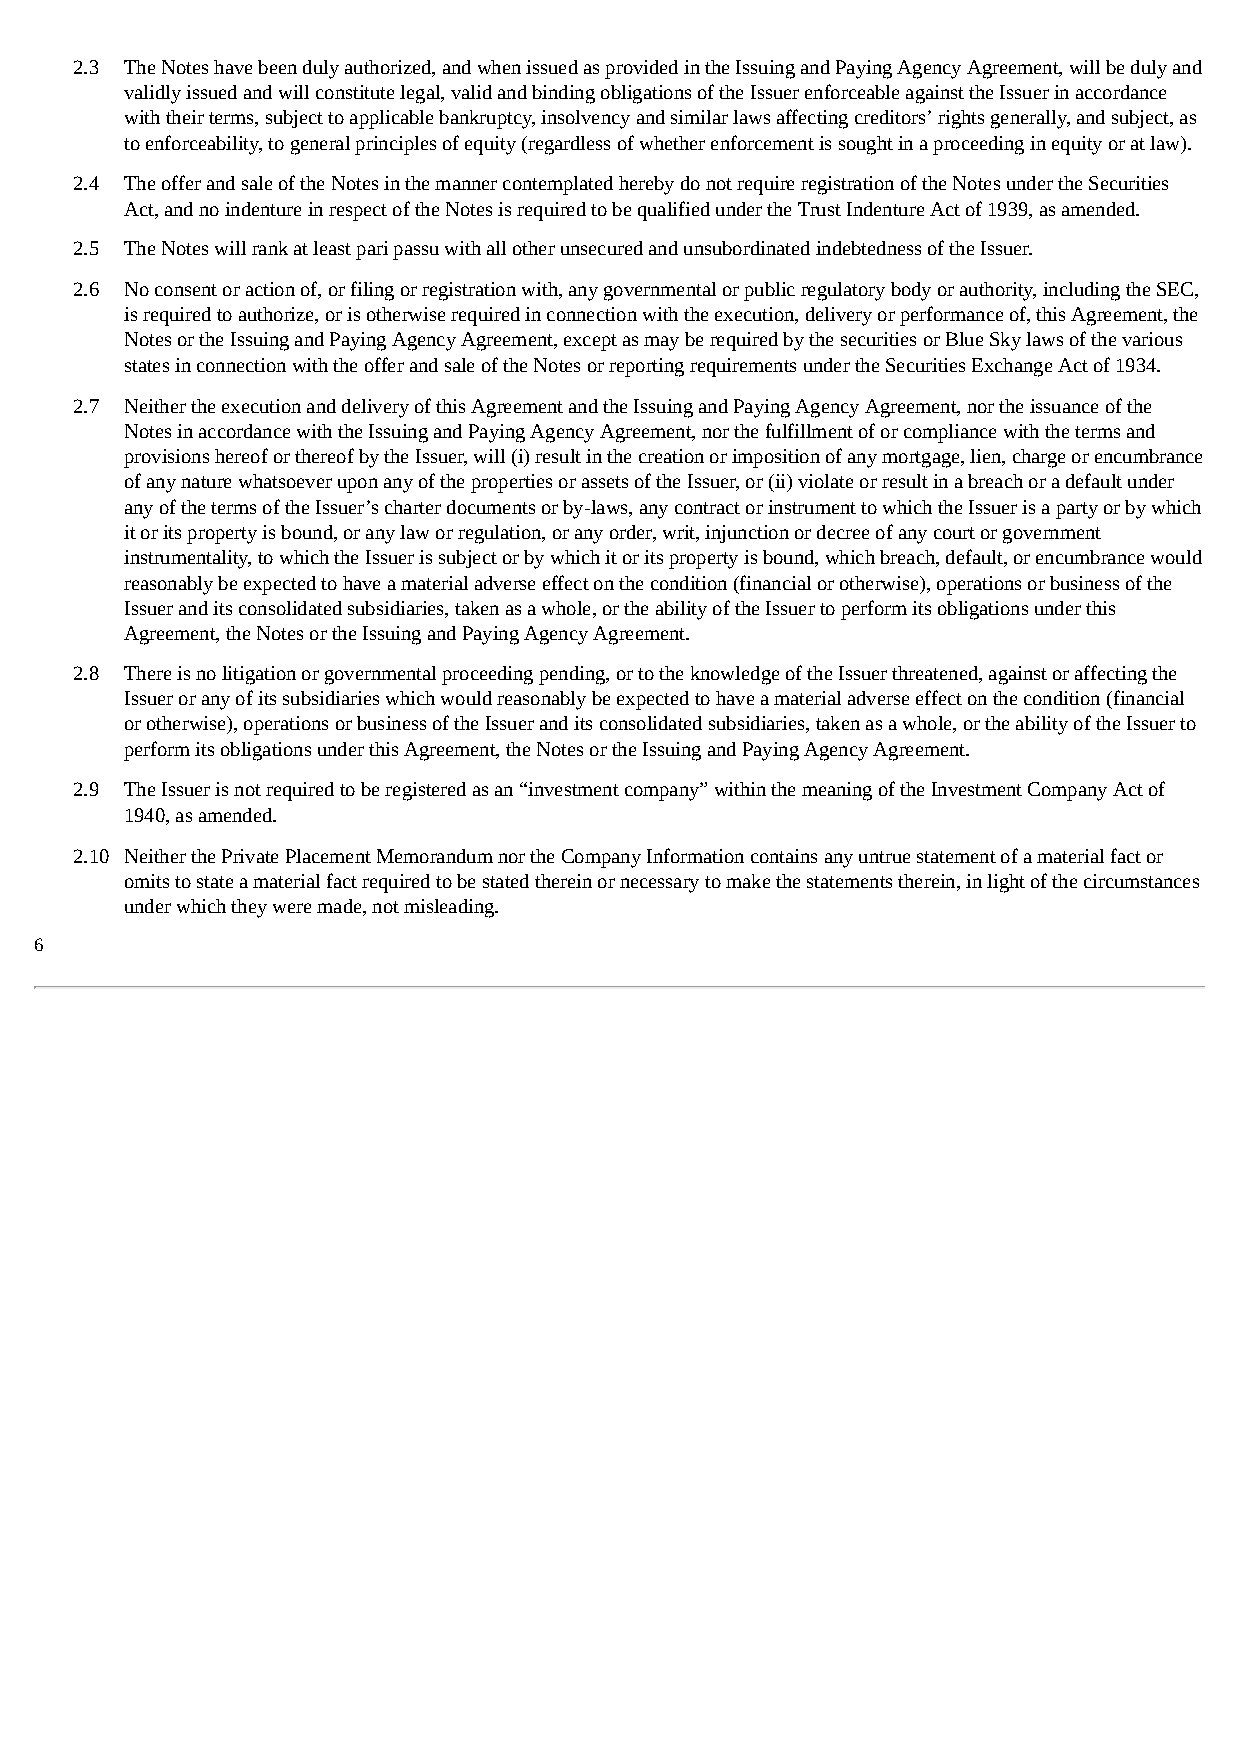
2.3 The Notes have been duly authorized, and when issued as provided in the Issuing and Paying Agency Agreement, will be duly and
 validly issued and will constitute legal, valid and binding obligations of the Issuer enforceable against the Issuer in accordance
 with their terms, subject to applicable bankruptcy, insolvency and similar laws affecting creditors’ rights generally, and subject, as
 to enforceability, to general principles of equity (regardless of whether enforcement is sought in a proceeding in equity or at law).
 2.4 The offer and sale of the Notes in the manner contemplated hereby do not require registration of the Notes under the Securities
 Act, and no indenture in respect of the Notes is required to be qualified under the Trust Indenture Act of 1939, as amended.
 2.5 The Notes will rank at least pari passu with all other unsecured and unsubordinated indebtedness of the Issuer.
 2.6 No consent or action of, or filing or registration with, any governmental or public regulatory body or authority, including the SEC,
 is required to authorize, or is otherwise required in connection with the execution, delivery or performance of, this Agreement, the
 Notes or the Issuing and Paying Agency Agreement, except as may be required by the securities or Blue Sky laws of the various
 states in connection with the offer and sale of the Notes or reporting requirements under the Securities Exchange Act of 1934.
 2.7 Neither the execution and delivery of this Agreement and the Issuing and Paying Agency Agreement, nor the issuance of the
 Notes in accordance with the Issuing and Paying Agency Agreement, nor the fulfillment of or compliance with the terms and
 provisions hereof or thereof by the Issuer, will (i) result in the creation or imposition of any mortgage, lien, charge or encumbrance
 of any nature whatsoever upon any of the properties or assets of the Issuer, or (ii) violate or result in a breach or a default under
 any of the terms of the Issuer’s charter documents or by-laws, any contract or instrument to which the Issuer is a party or by which
 it or its property is bound, or any law or regulation, or any order, writ, injunction or decree of any court or government
 instrumentality, to which the Issuer is subject or by which it or its property is bound, which breach, default, or encumbrance would
 reasonably be expected to have a material adverse effect on the condition (financial or otherwise), operations or business of the
 Issuer and its consolidated subsidiaries, taken as a whole, or the ability of the Issuer to perform its obligations under this
 Agreement, the Notes or the Issuing and Paying Agency Agreement.
 2.8 There is no litigation or governmental proceeding pending, or to the knowledge of the Issuer threatened, against or affecting the
 Issuer or any of its subsidiaries which would reasonably be expected to have a material adverse effect on the condition (financial
 or otherwise), operations or business of the Issuer and its consolidated subsidiaries, taken as a whole, or the ability of the Issuer to
 perform its obligations under this Agreement, the Notes or the Issuing and Paying Agency Agreement.
 2.9 The Issuer is not required to be registered as an “investment company” within the meaning of the Investment Company Act of
 1940, as amended.
 2.10 Neither the Private Placement Memorandum nor the Company Information contains any untrue statement of a material fact or
 omits to state a material fact required to be stated therein or necessary to make the statements therein, in light of the circumstances
 under which they were made, not misleading.
 6